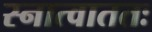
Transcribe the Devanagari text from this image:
स्नात्वाततः